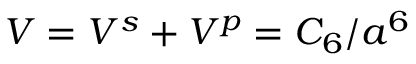
V = V ^ { s } + V ^ { p } = C _ { 6 } / a ^ { 6 }